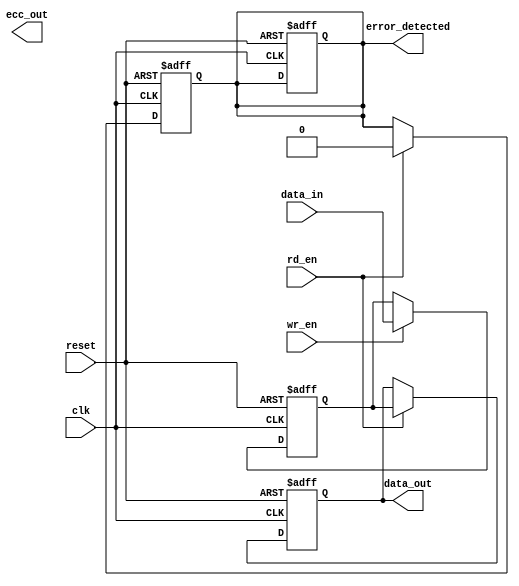
module ecc_dram_io #(
    parameter DATA_WIDTH = 32, // Data width (8, 16, 32 bits)
    parameter ECC_WIDTH = 7     // ECC width for Hamming code (for 32 bits data)
)(
    input wire clk,
    input wire reset,
    input wire wr_en,             // Write enable
    input wire rd_en,             // Read enable
    input wire [DATA_WIDTH-1:0] data_in, // Input data
    output reg [DATA_WIDTH-1:0] data_out, // Output data
    output reg error_detected,    // Error detection flag
    output reg [ECC_WIDTH-1:0] ecc_out // ECC bits output
);

// Internal signals
reg [ECC_WIDTH-1:0] ecc_reg; // Register to hold generated ECC bits
reg [DATA_WIDTH-1:0] mem_data; // Memory data register
reg [ECC_WIDTH-1:0] mem_ecc; // Memory ECC register

// ECC generation function (Hamming code for example)
function [ECC_WIDTH-1:0] generate_ecc(input [DATA_WIDTH-1:0] data);
    // Hamming code logic to generate ECC bits
    // This is a placeholder; actual implementation is needed
    generate_ecc = data[DATA_WIDTH-1:DATA_WIDTH-ECC_WIDTH]; // Example
endfunction

// ECC checking and correction function
function [DATA_WIDTH-1:0] check_and_correct(input [DATA_WIDTH-1:0] data, input [ECC_WIDTH-1:0] ecc);
    // Hamming code logic to check and correct data
    // This is a placeholder; actual implementation is needed
    check_and_correct = data; // Example
    error_detected = 0; // Example
endfunction

// Write operation
always @(posedge clk or posedge reset) begin
    if (reset) begin
        mem_data <= 0;
        mem_ecc <= 0;
        error_detected <= 0;
    end else if (wr_en) begin
        ecc_reg <= generate_ecc(data_in);
        mem_data <= data_in;
        mem_ecc <= ecc_reg;
    end
end

// Read operation
always @(posedge clk or posedge reset) begin
    if (reset) begin
        data_out <= 0;
        error_detected <= 0;
    end else if (rd_en) begin
        data_out <= check_and_correct(mem_data, mem_ecc);
        // Update error_detected based on the check_and_correct function
    end
end

endmodule